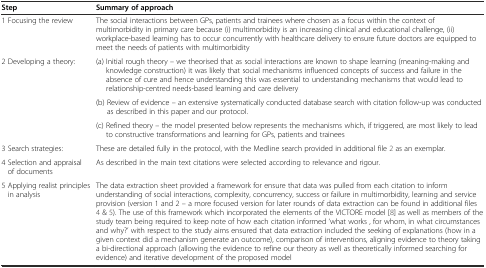
<table><thead><tr><td><b>Step</b></td><td><b>Summary of approach</b></td></tr></thead><tbody><tr><td>1 Focusing the review</td><td>The social interactions between GPs, patients and trainees where chosen as a focus within the context of multimorbidity in primary care because (i) multimorbidity is an increasing clinical and educational challenge, (ii) workplace-based learning has to occur concurrently with healthcare delivery to ensure future doctors are equipped to meet the needs of patients with multimorbidity</td></tr><tr><td rowspan="3">2 Developing a theory:</td><td>(a) Initial rough theory – we theorised that as social interactions are known to shape learning (meaning-making and knowledge construction) it was likely that social mechanisms influenced concepts of success and failure in the absence of cure and hence understanding this was essential to understanding mechanisms that would lead to relationship-centred needs-based learning and care delivery</td></tr><tr><td>(b) Review of evidence – an extensive systematically conducted database search with citation follow-up was conducted as described in this paper and our protocol.</td></tr><tr><td>(c) Refined theory – the model presented below represents the mechanisms which, if triggered, are most likely to lead to constructive transformations and learning for GPs, patients and trainees</td></tr><tr><td>3 Search strategies:</td><td>These are detailed fully in the protocol, with the Medline search provided in additional file 2 as an exemplar.</td></tr><tr><td>4 Selection and appraisal of documents</td><td>As described in the main text citations were selected according to relevance and rigour.</td></tr><tr><td>5 Applying realist principles in analysis</td><td>The data extraction sheet provided a framework for ensure that data was pulled from each citation to inform understanding of social interactions, complexity, concurrency, success or failure in multimorbidity, learning and service provision (version 1 and 2 – a more focused version for later rounds of data extraction can be found in additional files 4 &amp; 5). The use of this framework which incorporated the elements of the VICTORE model [8] as well as members of the study team being required to keep note of how each citation informed ‘what works , for whom, in what circumstances and why?’ with respect to the study aims ensured that data extraction included the seeking of explanations (how in a given context did a mechanism generate an outcome), comparison of interventions, aligning evidence to theory taking a bi-directional approach (allowing the evidence to refine our theory as well as theoretically informed searching for evidence) and iterative development of the proposed model</td></tr></tbody></table>